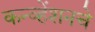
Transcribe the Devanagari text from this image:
कन्व्हेंशनचे